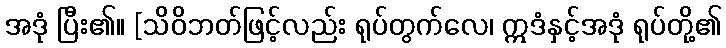
အဒုံ ပြီး၏။ [သိဝိဘတ်ဖြင့်လည်း ရုပ်တွက်လေ၊ ဣဒံနှင့်အဒုံ ရုပ်တို့၏